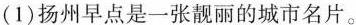
(1)扬州早点是一张靓丽的城市名片。